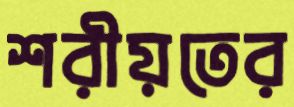
শরীয়তের